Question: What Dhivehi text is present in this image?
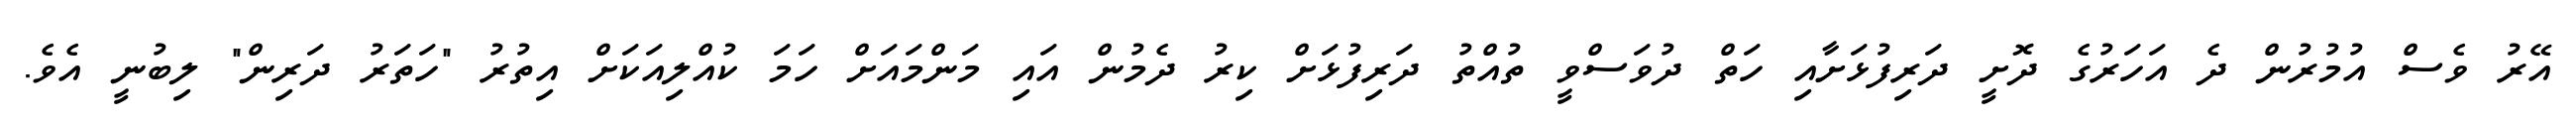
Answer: އޭރު ވެސް އުމުރުން ދެ އަހަރުގެ ދޮށީ ދަރިފުޅަށާއި ހަތް ދުވަސްވީ ތުއްތު ދަރިފުޅަށް ކިރު ދެމުން އައި މަންމައަށް ހަމަ ކުއްލިއަކަށް އިތުރު "ހަތަރު ދަރިން" ލިބުނީ އެވެ.